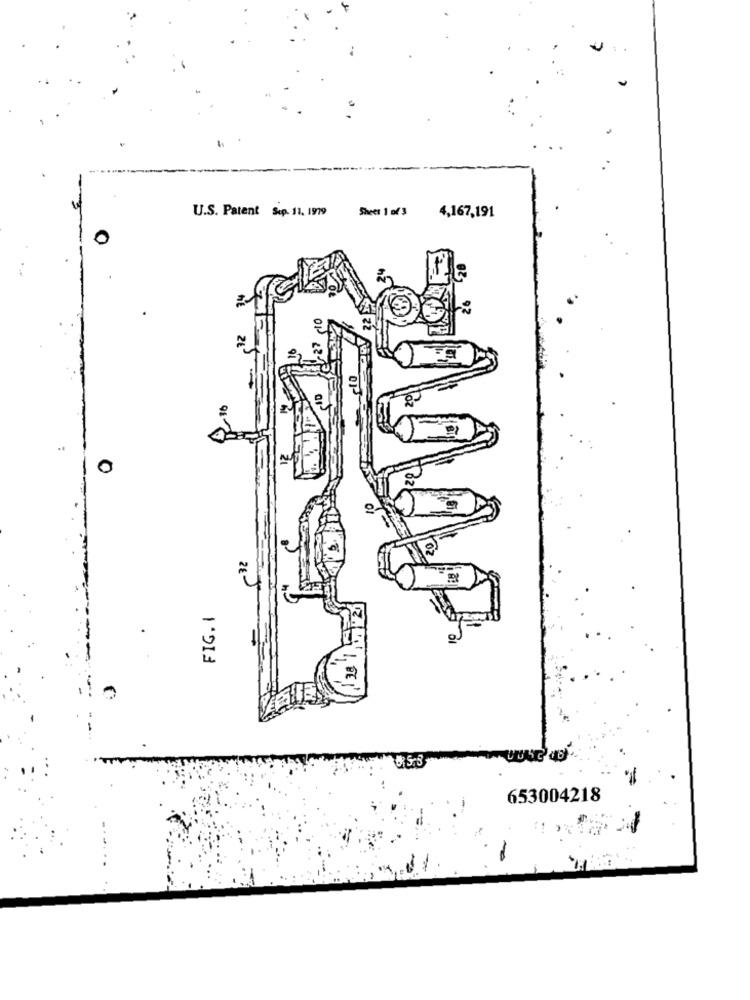
U.S. Patent Sep. 11. 1919 Sheet 1 of 3
4,167,191
32
FIG. 1
-
653004218